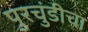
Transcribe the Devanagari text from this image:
पुरचुंडीचा